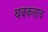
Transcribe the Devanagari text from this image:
थबकलाच